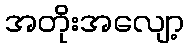
အတိုးအလျော့